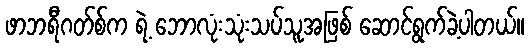
ဖာဘရီဂတ်စ်က ရဲ့ ဘောလုံးသုံးသပ်သူအဖြစ် ဆောင်ရွက်ခဲ့ပါတယ်။